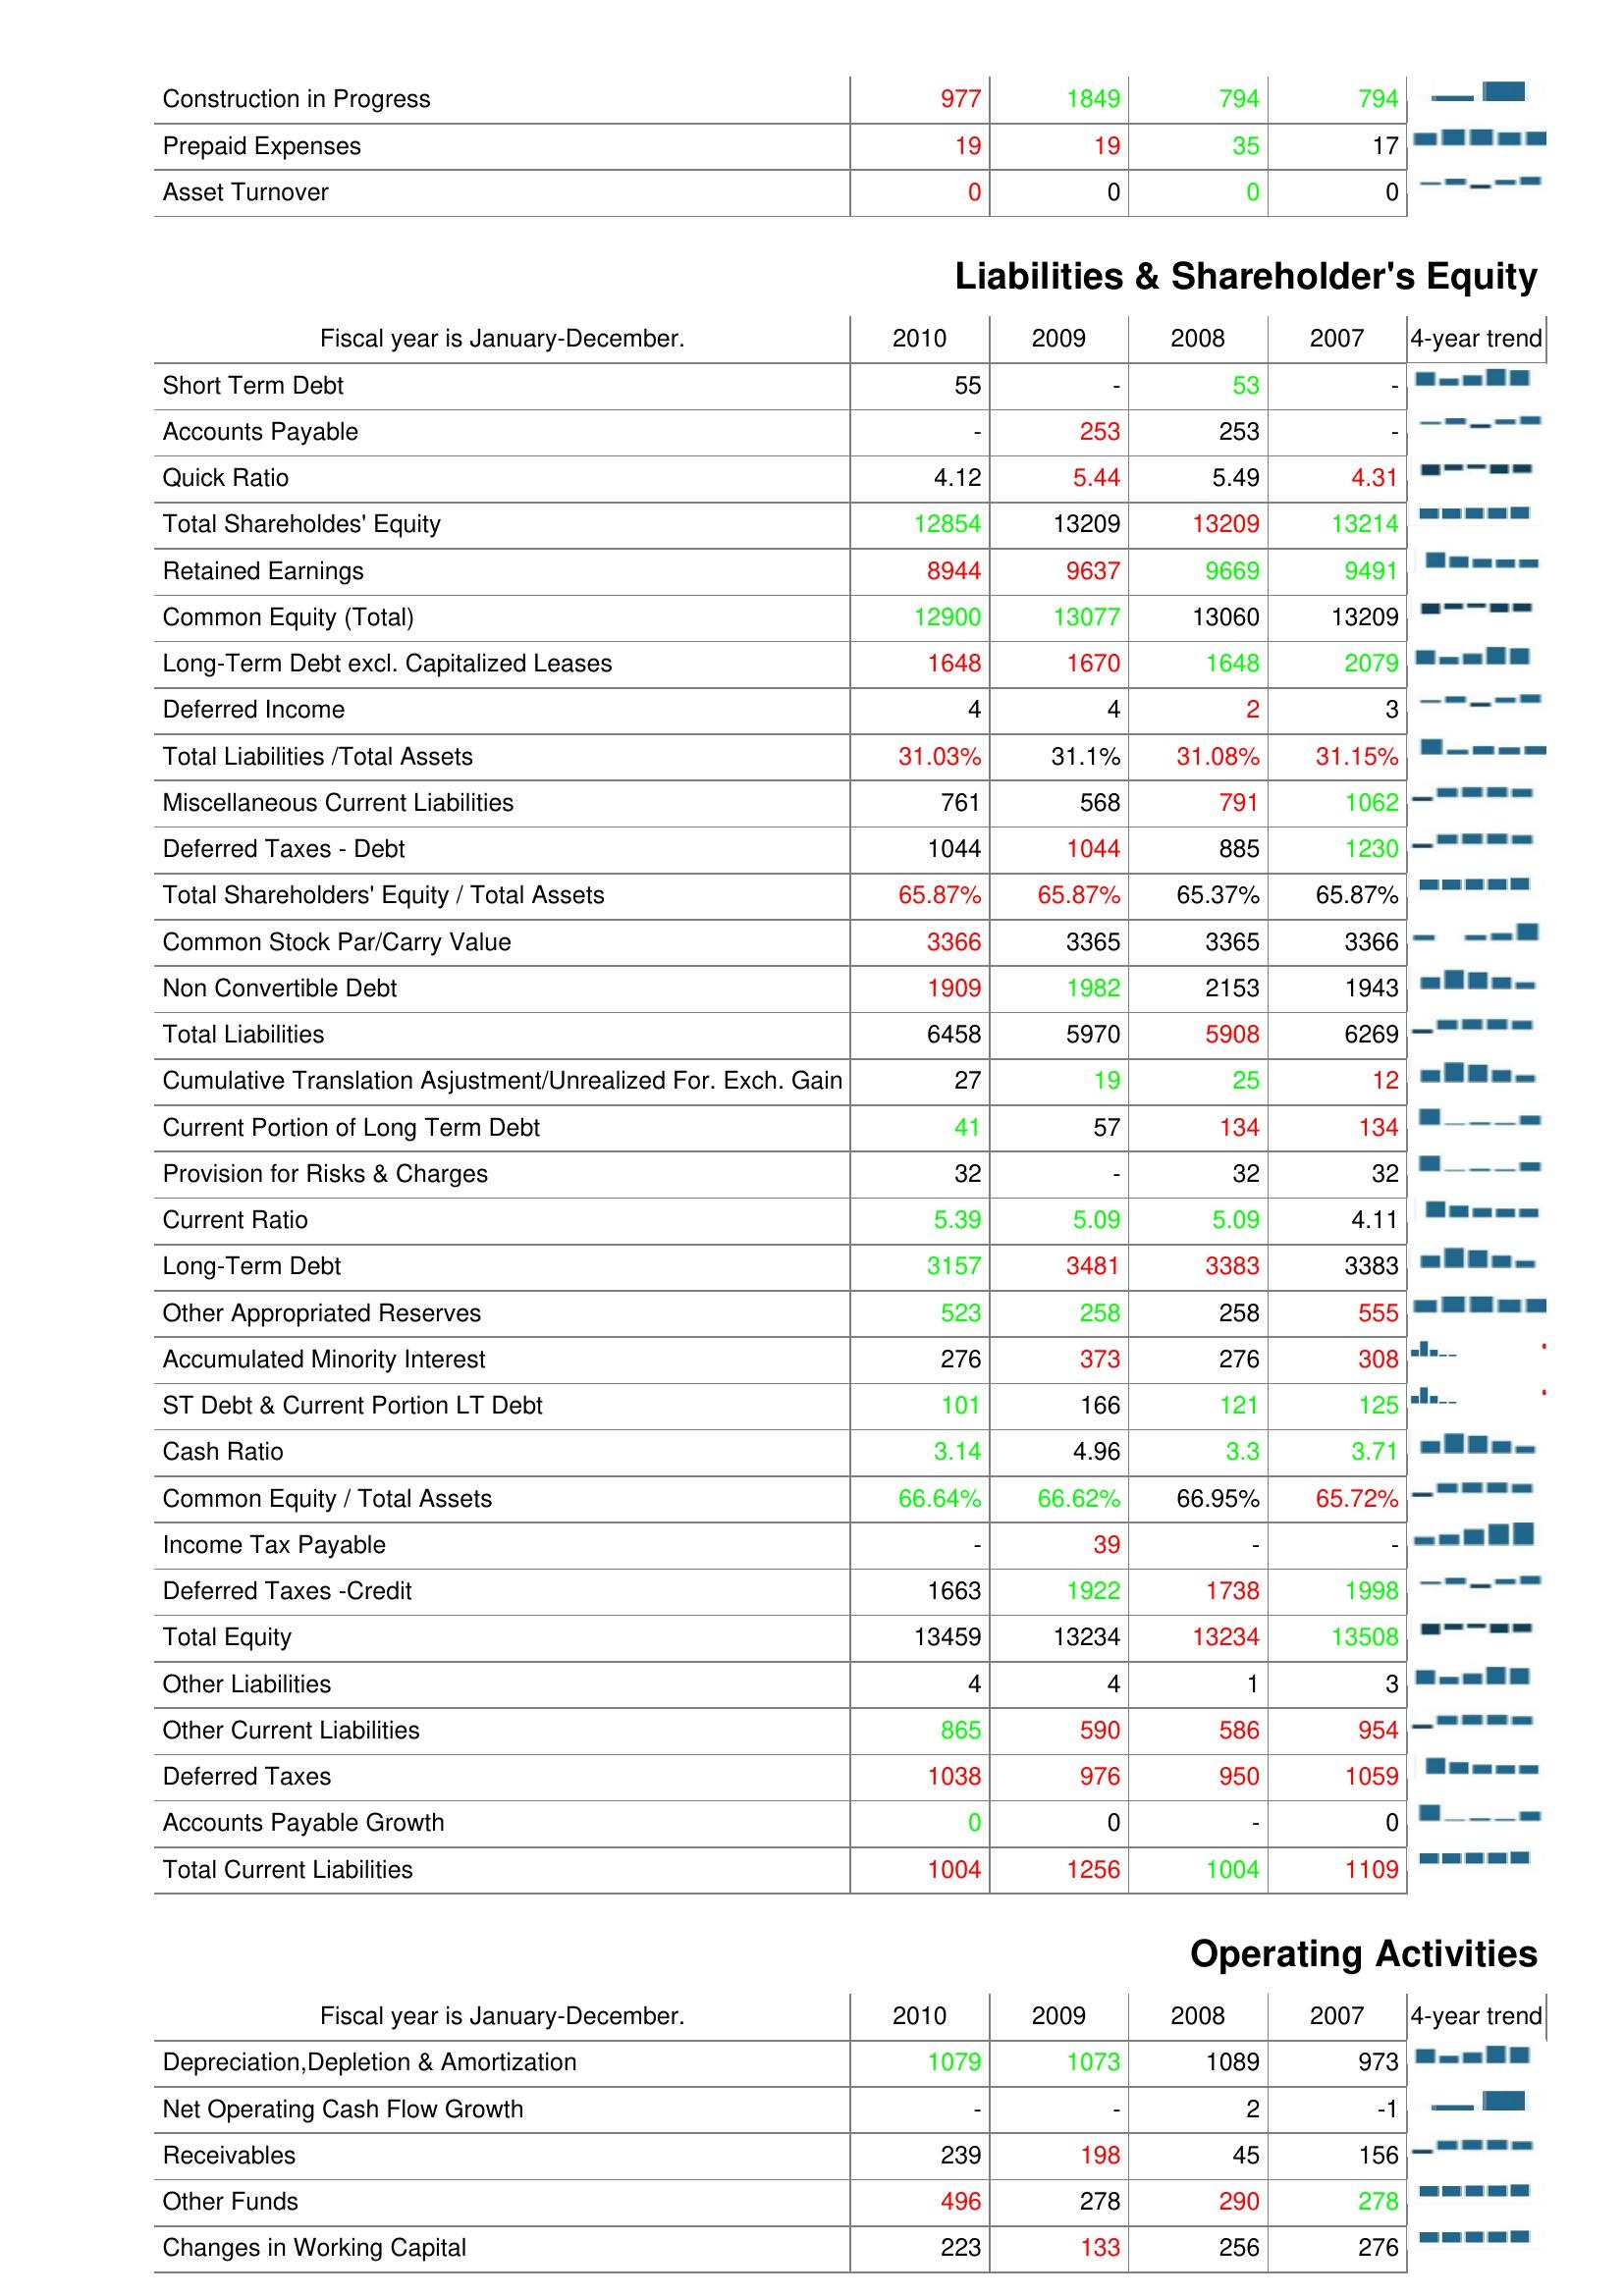
2010: Assets: Construction in Progress: 977
Prepaid Expenses: 19
Asset Turnover: 0
Liabilities & Shareholder's Equity: Short Term Debt: 55
Accounts Payable: -
Quick Ratio: 4.12
Total Shareholdes' Equity: 12854
Retained Earnings: 8944
Common Equity (Total): 12900
Long-Term Debt excl. Capitalized Leases: 1648
Deferred Income: 4
Total Liabilities /Total Assets: 31.03%
Miscellaneous Current Liabilities: 761
Deferred Taxes - Debt: 1044
Total Shareholders' Equity / Total Assets: 65.87%
Common Stock Par/Carry Value: 3366
Non Convertible Debt: 1909
Total Liabilities: 6458
Cumulative Translation Asjustment/Unrealized For. Exch. Gain: 27
Current Portion of Long Term Debt: 41
Provision for Risks & Charges: 32
Current Ratio: 5.39
Long-Term Debt: 3157
Other Appropriated Reserves: 523
Accumulated Minority Interest: 276
ST Debt & Current Portion LT Debt: 101
Cash Ratio: 3.14
Common Equity / Total Assets: 66.64%
Income Tax Payable: -
Deferred Taxes -Credit: 1663
Total Equity: 13459
Other Liabilities: 4
Other Current Liabilities: 865
Deferred Taxes: 1038
Accounts Payable Growth: 0
Total Current Liabilities: 1004
Operating Activities: Depreciation,Depletion & Amortization: 1079
Net Operating Cash Flow Growth: -
Receivables: 239
Other Funds: 496
Changes in Working Capital: 223
2009: Assets: Construction in Progress: 1849
Prepaid Expenses: 19
Asset Turnover: 0
Liabilities & Shareholder's Equity: Short Term Debt: -
Accounts Payable: 253
Quick Ratio: 5.44
Total Shareholdes' Equity: 13209
Retained Earnings: 9637
Common Equity (Total): 13077
Long-Term Debt excl. Capitalized Leases: 1670
Deferred Income: 4
Total Liabilities /Total Assets: 31.1%
Miscellaneous Current Liabilities: 568
Deferred Taxes - Debt: 1044
Total Shareholders' Equity / Total Assets: 65.87%
Common Stock Par/Carry Value: 3365
Non Convertible Debt: 1982
Total Liabilities: 5970
Cumulative Translation Asjustment/Unrealized For. Exch. Gain: 19
Current Portion of Long Term Debt: 57
Provision for Risks & Charges: -
Current Ratio: 5.09
Long-Term Debt: 3481
Other Appropriated Reserves: 258
Accumulated Minority Interest: 373
ST Debt & Current Portion LT Debt: 166
Cash Ratio: 4.96
Common Equity / Total Assets: 66.62%
Income Tax Payable: 39
Deferred Taxes -Credit: 1922
Total Equity: 13234
Other Liabilities: 4
Other Current Liabilities: 590
Deferred Taxes: 976
Accounts Payable Growth: 0
Total Current Liabilities: 1256
Operating Activities: Depreciation,Depletion & Amortization: 1073
Net Operating Cash Flow Growth: -
Receivables: 198
Other Funds: 278
Changes in Working Capital: 133
2008: Assets: Construction in Progress: 794
Prepaid Expenses: 35
Asset Turnover: 0
Liabilities & Shareholder's Equity: Short Term Debt: 53
Accounts Payable: 253
Quick Ratio: 5.49
Total Shareholdes' Equity: 13209
Retained Earnings: 9669
Common Equity (Total): 13060
Long-Term Debt excl. Capitalized Leases: 1648
Deferred Income: 2
Total Liabilities /Total Assets: 31.08%
Miscellaneous Current Liabilities: 791
Deferred Taxes - Debt: 885
Total Shareholders' Equity / Total Assets: 65.37%
Common Stock Par/Carry Value: 3365
Non Convertible Debt: 2153
Total Liabilities: 5908
Cumulative Translation Asjustment/Unrealized For. Exch. Gain: 25
Current Portion of Long Term Debt: 134
Provision for Risks & Charges: 32
Current Ratio: 5.09
Long-Term Debt: 3383
Other Appropriated Reserves: 258
Accumulated Minority Interest: 276
ST Debt & Current Portion LT Debt: 121
Cash Ratio: 3.3
Common Equity / Total Assets: 66.95%
Income Tax Payable: -
Deferred Taxes -Credit: 1738
Total Equity: 13234
Other Liabilities: 1
Other Current Liabilities: 586
Deferred Taxes: 950
Accounts Payable Growth: -
Total Current Liabilities: 1004
Operating Activities: Depreciation,Depletion & Amortization: 1089
Net Operating Cash Flow Growth: 2
Receivables: 45
Other Funds: 290
Changes in Working Capital: 256
2007: Assets: Construction in Progress: 794
Prepaid Expenses: 17
Asset Turnover: 0
Liabilities & Shareholder's Equity: Short Term Debt: -
Accounts Payable: -
Quick Ratio: 4.31
Total Shareholdes' Equity: 13214
Retained Earnings: 9491
Common Equity (Total): 13209
Long-Term Debt excl. Capitalized Leases: 2079
Deferred Income: 3
Total Liabilities /Total Assets: 31.15%
Miscellaneous Current Liabilities: 1062
Deferred Taxes - Debt: 1230
Total Shareholders' Equity / Total Assets: 65.87%
Common Stock Par/Carry Value: 3366
Non Convertible Debt: 1943
Total Liabilities: 6269
Cumulative Translation Asjustment/Unrealized For. Exch. Gain: 12
Current Portion of Long Term Debt: 134
Provision for Risks & Charges: 32
Current Ratio: 4.11
Long-Term Debt: 3383
Other Appropriated Reserves: 555
Accumulated Minority Interest: 308
ST Debt & Current Portion LT Debt: 125
Cash Ratio: 3.71
Common Equity / Total Assets: 65.72%
Income Tax Payable: -
Deferred Taxes -Credit: 1998
Total Equity: 13508
Other Liabilities: 3
Other Current Liabilities: 954
Deferred Taxes: 1059
Accounts Payable Growth: 0
Total Current Liabilities: 1109
Operating Activities: Depreciation,Depletion & Amortization: 973
Net Operating Cash Flow Growth: -1
Receivables: 156
Other Funds: 278
Changes in Working Capital: 276